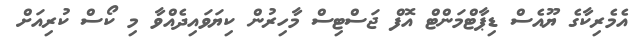
އެމެރިކާގެ ޔޫއެސް ޑިޕާޓްމަންޓް އޮފް ޖަސްޓިސް މާހިރުން ކިޔަވައިދެއްވާ މި ކޯސް ކުރިއަށް